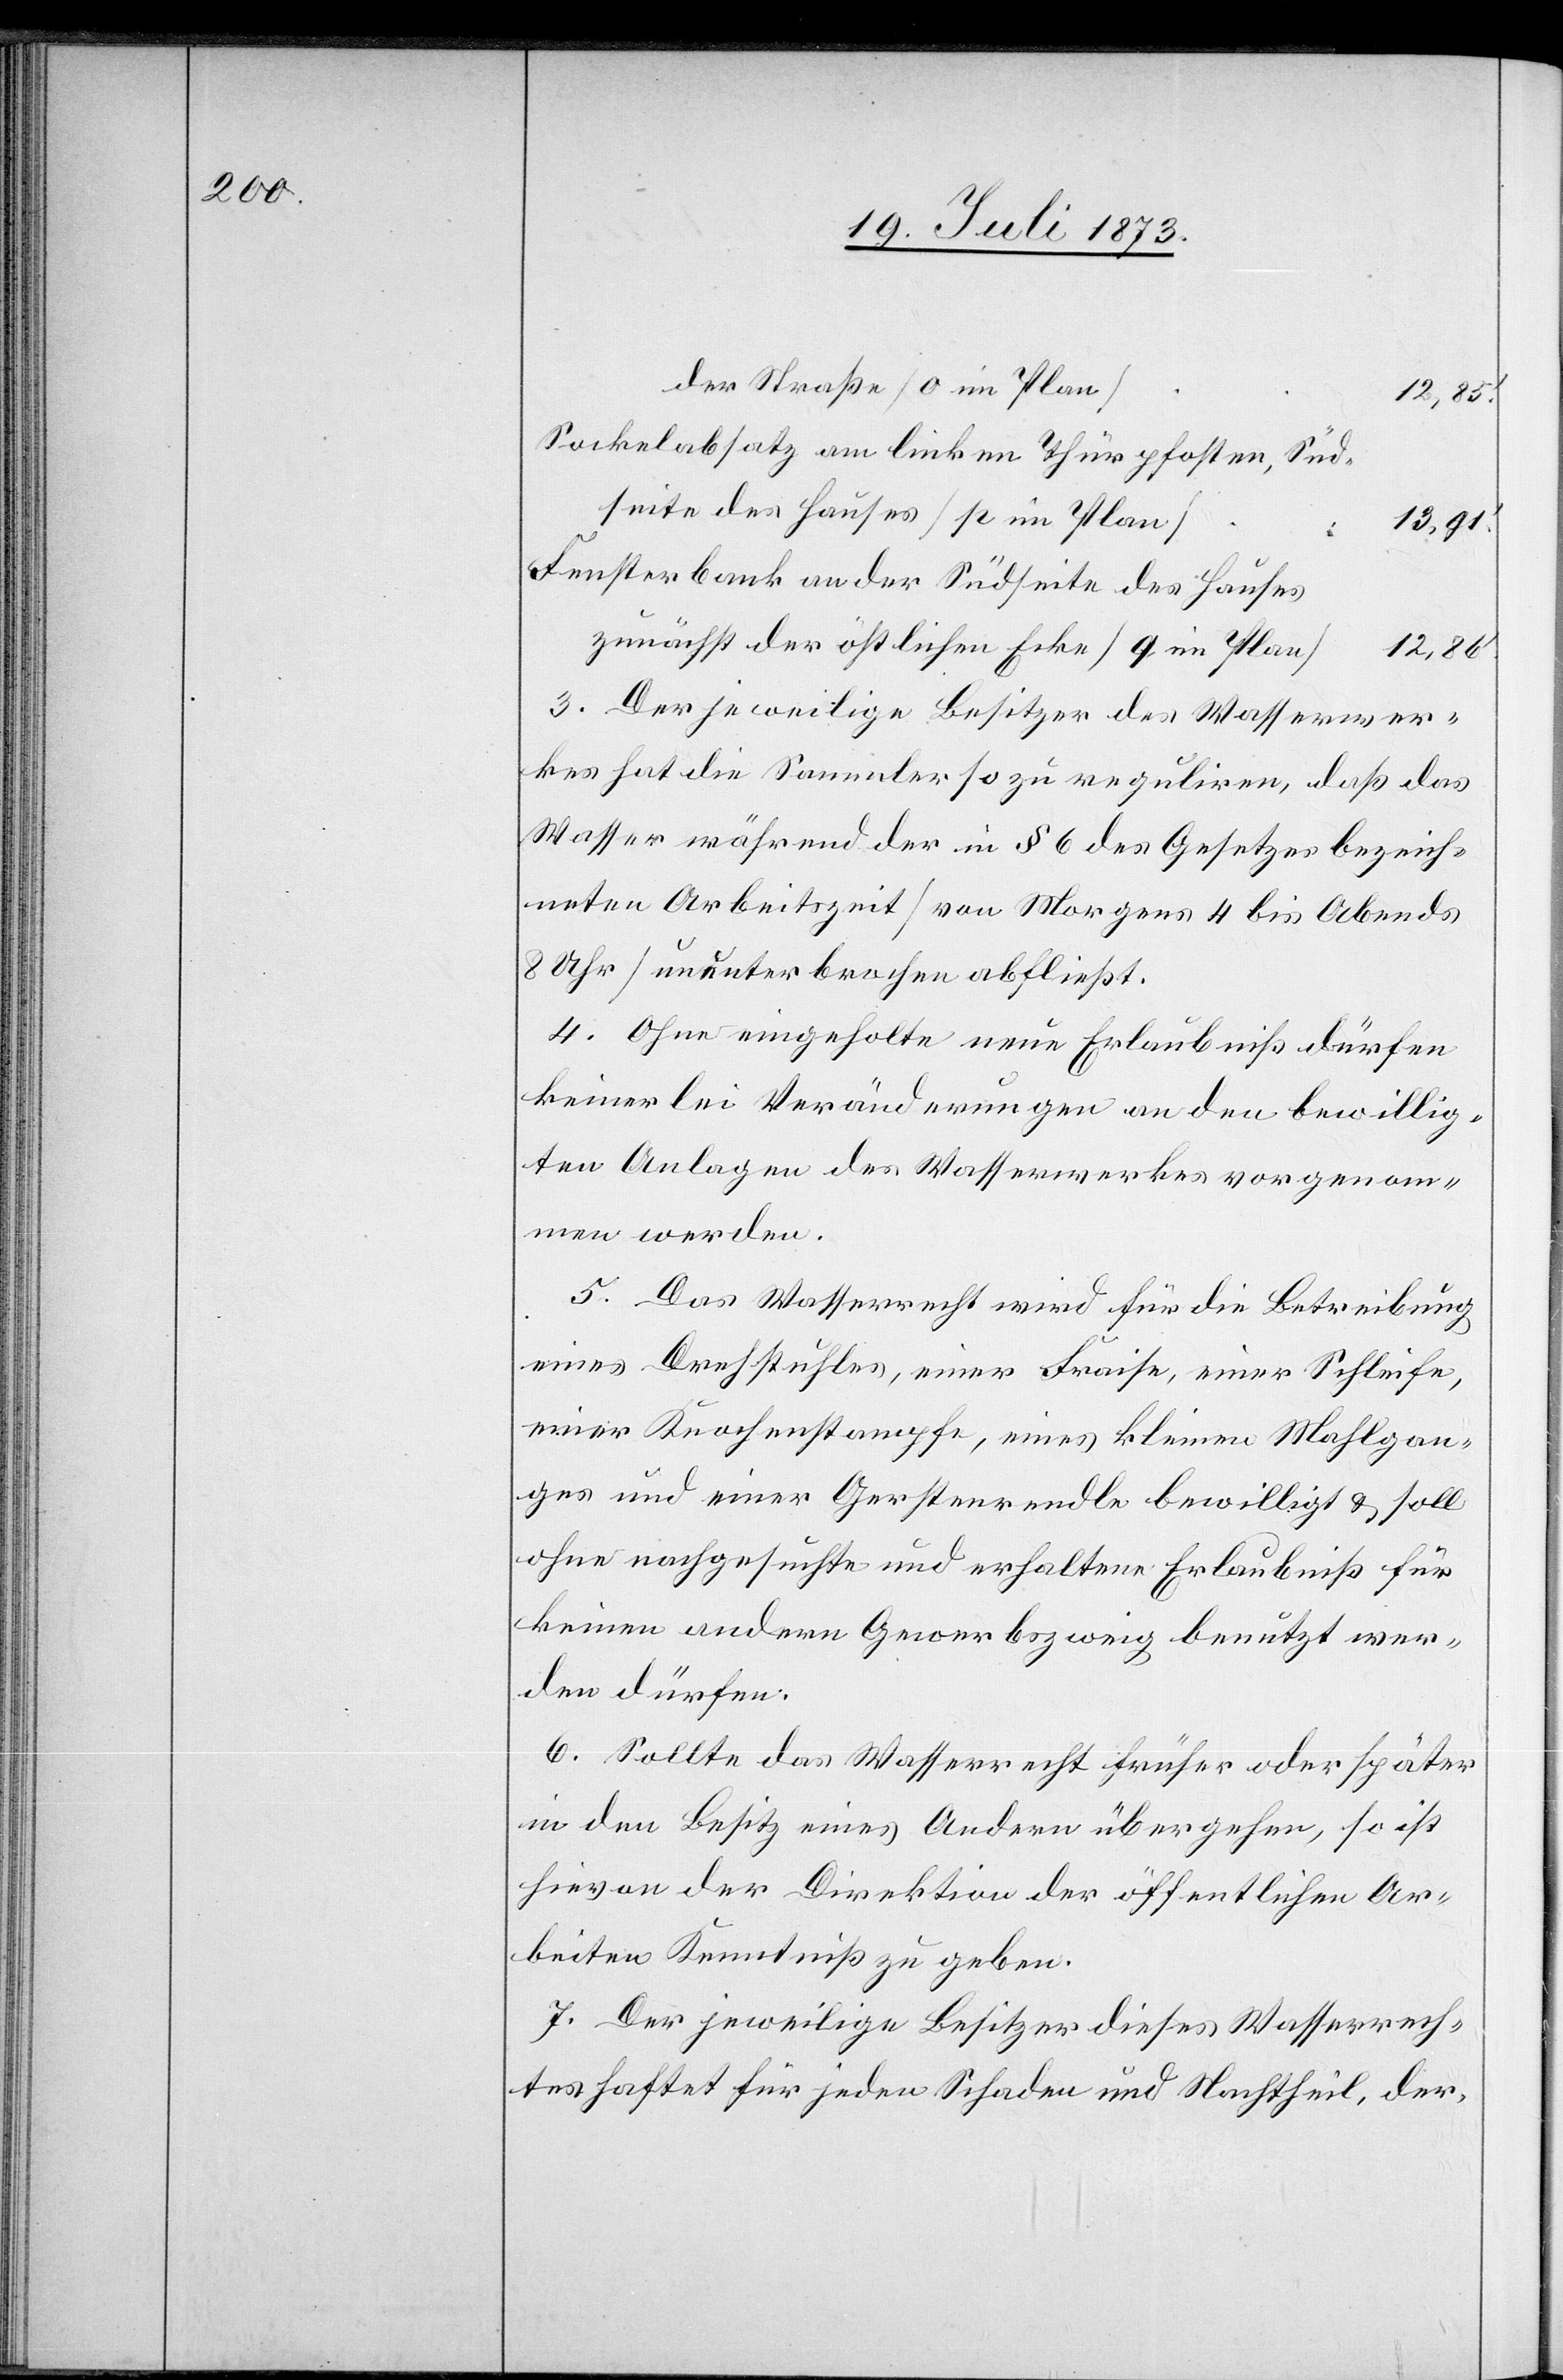
der Straße [o im Plan]
12,85‘.
Sockelabsatz am linken Thürpfosten, süd¬
seite des Hauses [p im Plan]
13,91‘.
Fensterbank an der Südseite des Hauses
zunächst der östlichen Ecke [q im Plan]
12,86‘.
3. Der jeweilige Besitzer des Wasserwer¬
kes hat die Sammler so zu reguliren, daß das
Wasser während der in § 6 des Gesetzes bezeich¬
neten Arbeitszeit [von Morgens 4 bis Abends
8 Uhr] ununterbrochen abfließt.
4. Ohne eingeholte neue Erlaubniß dürfen
keinerlei Veränderungen an den bewillig¬
ten Anlagen des Wasserwerkes vorgenom¬
men werden.
5. Das Wasserrecht wird für die Betreibung
eines Drehstuhles, einer Fraise, einer Schleife,
einer Knochenstampfe, eines kleinen Mahlgan¬
ges und einer Gerstenrendle bewilligt & soll
ohne nachgesuchte und erhaltene Erlaubniß für
keinen andern Gewerbszweig benutzt wer¬
den dürfen.
6. Sollte das Wasserrecht früher oder später
in den Besitz eines Andern übergehen, so ist
hievon der Direktion der öffentlichen Ar¬
beiten Kenntniß zu geben.
7. Der jeweilige Besitzer dieses Wasserrech¬
tes haftet für jeden Schaden und Nachtheil, der,